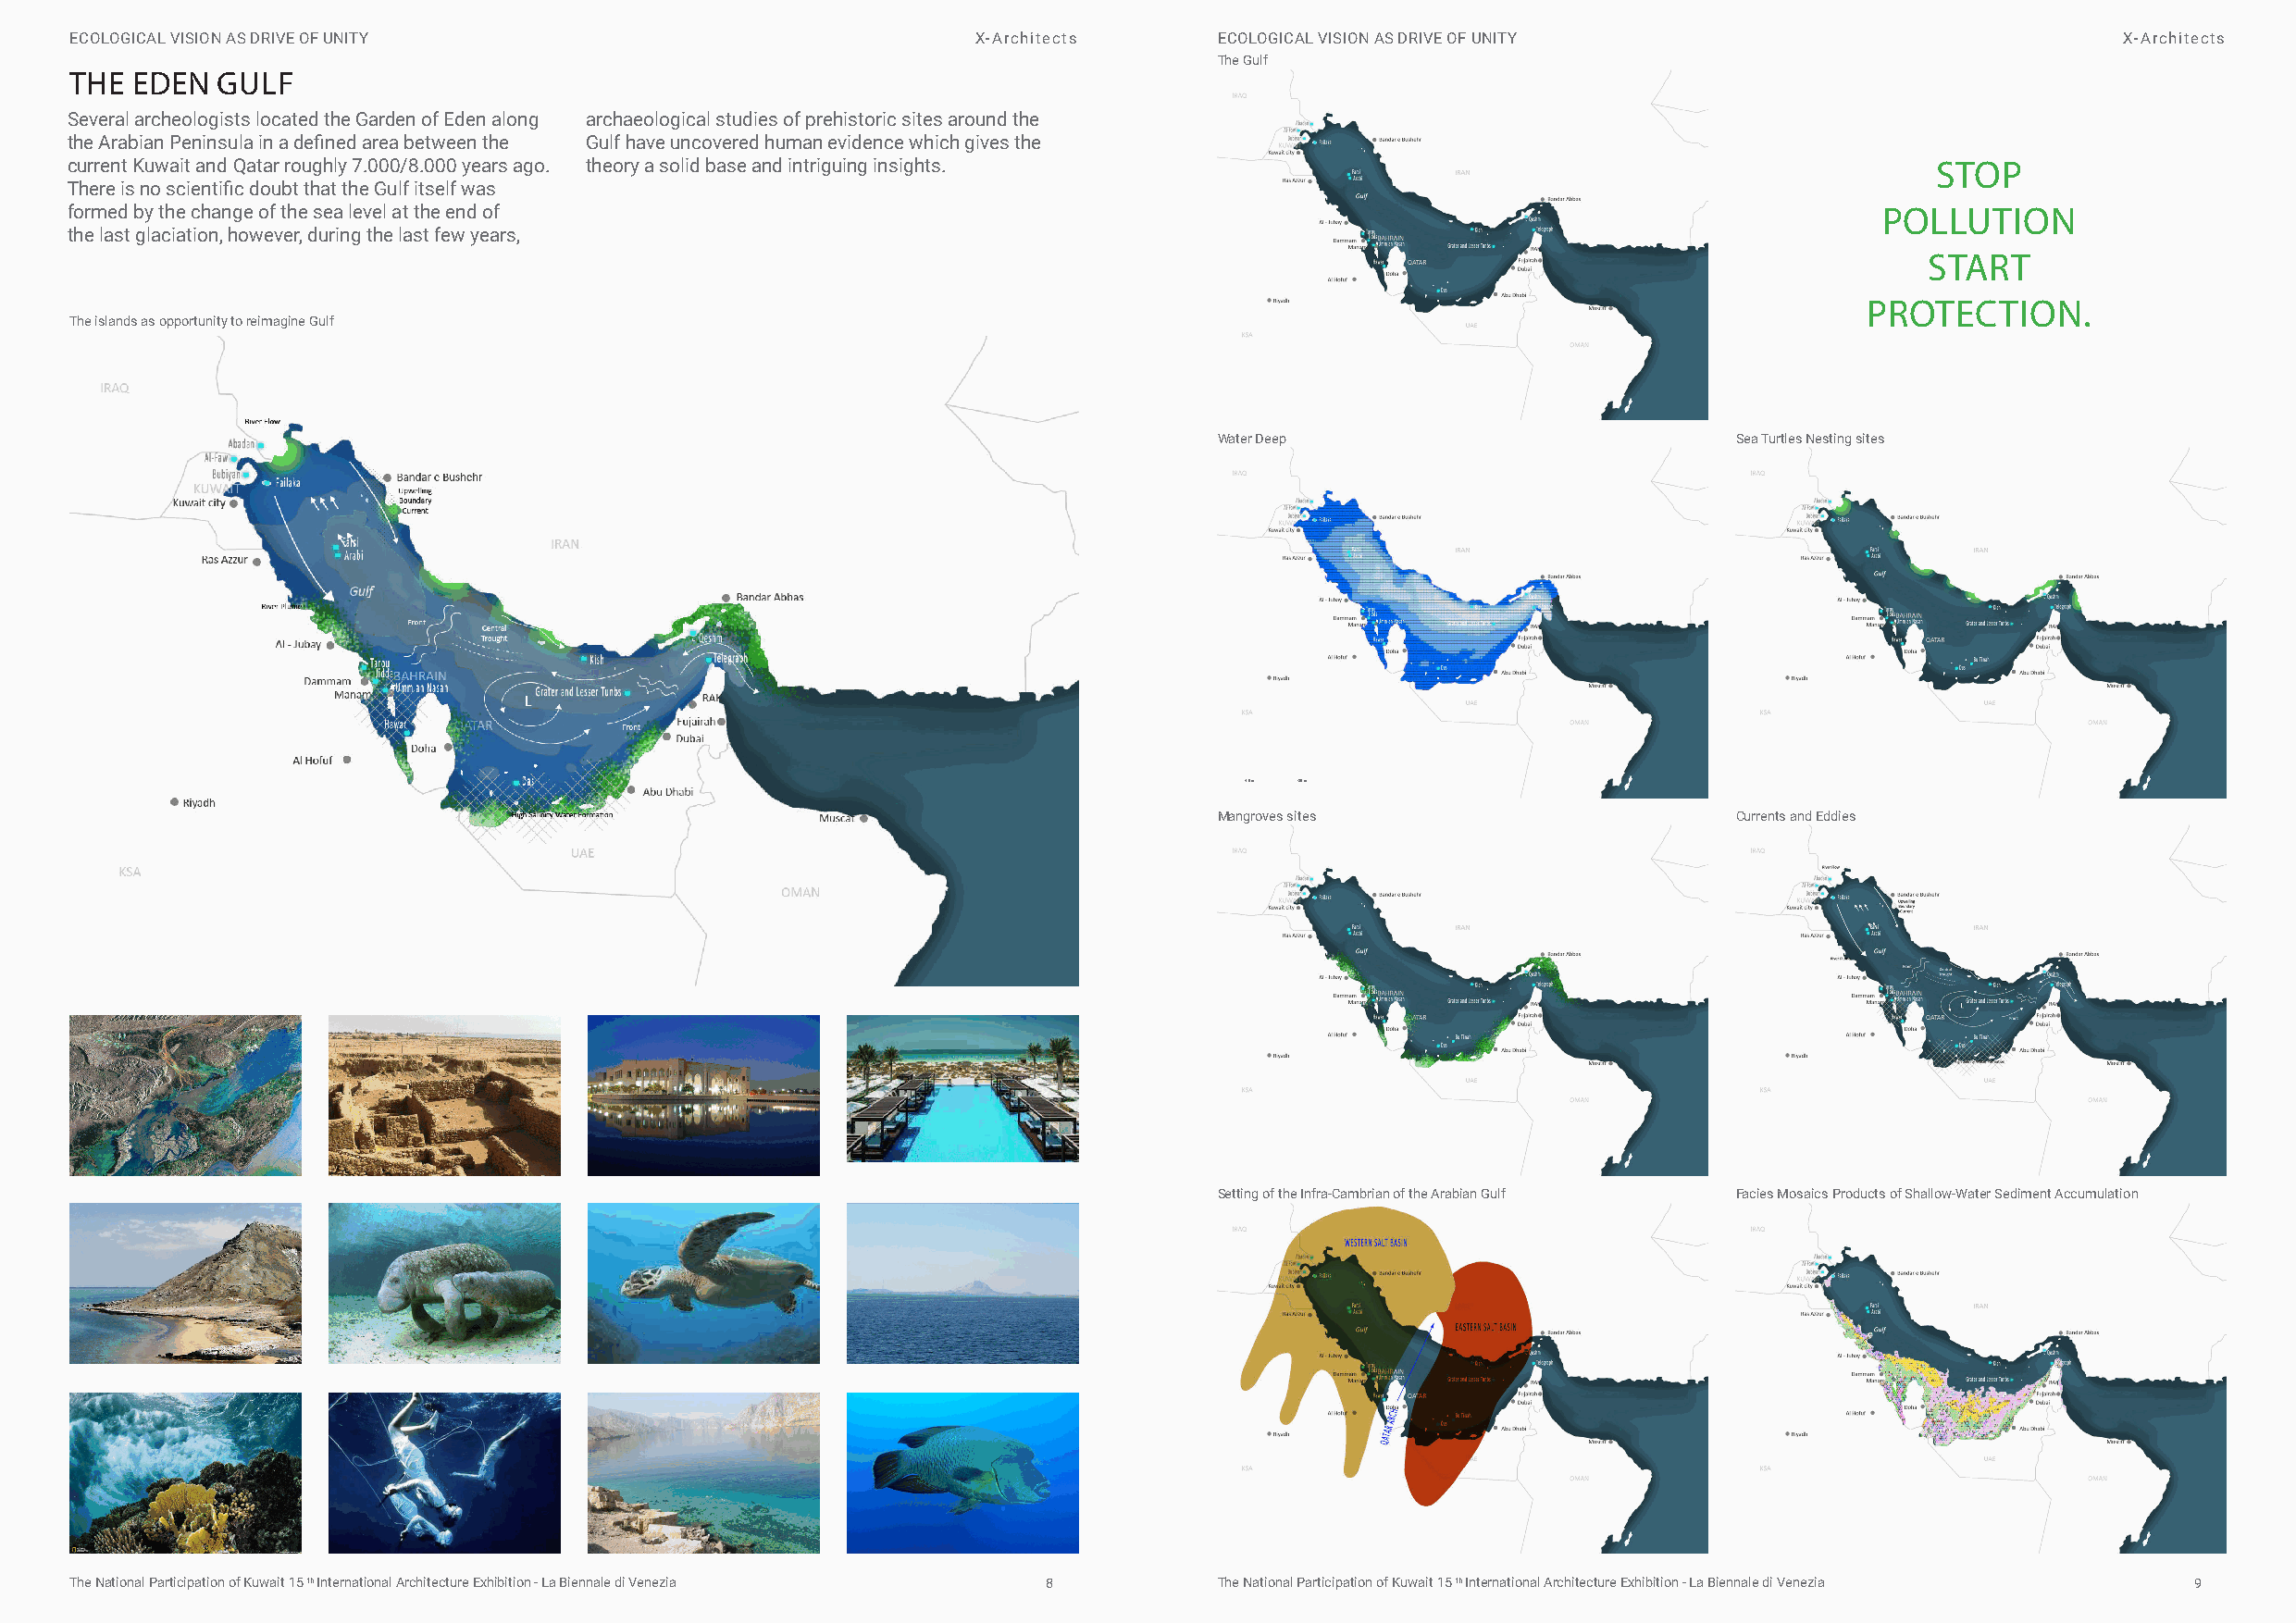
ECOLOGICAL VISION AS DRIVE OF UNITY                              X-Architects     ECOLOGICAL VISION AS DRIVE OF UNITY                              X-Architects
 TThhee GGuullff
 THE EDEN   GULF
 Several archeologists located the Garden of Eden along archaeological studies of prehistoric sites around the
 the Arabian Peninsula in a defined area between the Gulf have uncovered human evidence which gives the
 current Kuwait and Qatar roughly 7.000/8.000 years ago. theory a solid base and intriguing insights.                                 STOP
 There is no scientific doubt that the Gulf itself was
 formed by the change of the sea level at the end of                                                                               POLLUTION
 the last glaciation, however, during the last few years,
 START
 PROTECTION.
 The islands as opportunity to reimagine Gulf
 Water Deep                           Sea Turtles Nesting sites
 -10 m -36 m
 Mangroves sites                      Currents and Eddies
 Setting of the Infra-Cambrian of the Arabian Gulf Facies Mosaics Products of Shallow-Water Sediment Accumulation
 The National Participation of Kuwait 15 th International Architecture Exhibition - La Biennale di Venezia 8 The National Participation of Kuwait 15 th International Architecture Exhibition - La Biennale di Venezia 9